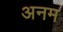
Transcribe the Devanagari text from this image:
अनम